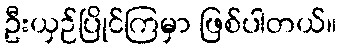
ဦးယှဉ်ပြိုင်ကြမှာ ဖြစ်ပါတယ်။